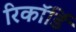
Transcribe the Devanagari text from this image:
रिकॉर्डिं